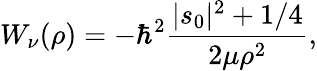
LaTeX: W_{\nu}(\rho)=-\hbar^{2}\frac{|s_{0}|^{2}+1/4}{2\mu\rho^{2}},